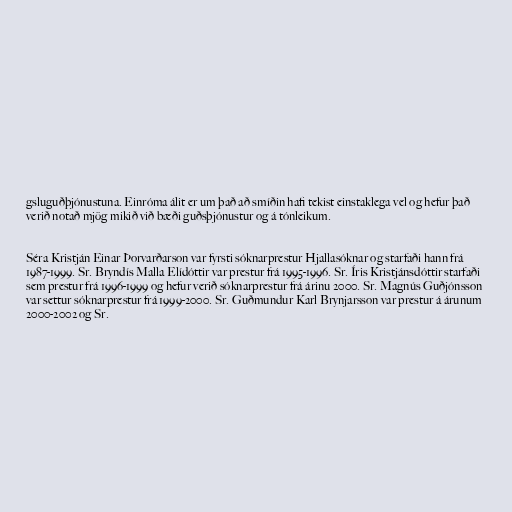
gsluguðþjónustuna. Einróma álit er um það að smíðin hafi tekist einstaklega vel og hefur það
verið notað mjög mikið við bæði guðsþjónustur og á tónleikum.

Séra Kristján Einar Þorvarðarson var fyrsti sóknarprestur Hjallasóknar og starfaði hann frá
1987-1999. Sr. Bryndís Malla Elídóttir var prestur frá 1995-1996. Sr. Íris Kristjánsdóttir starfaði
sem prestur frá 1996-1999 og hefur verið sóknarprestur frá árinu 2000. Sr. Magnús Guðjónsson
var settur sóknarprestur frá 1999-2000. Sr. Guðmundur Karl Brynjarsson var prestur á árunum
2000-2002 og Sr.